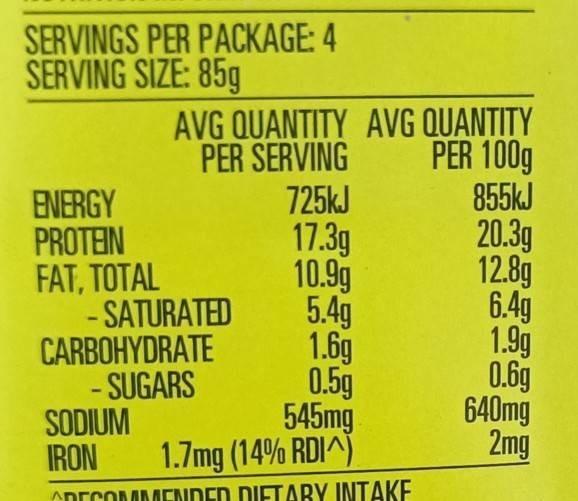
SERVINGS PER PACKAGE: 4 SERVING SIZE: 85g
ENERGY
PROTEIN FAT, TOTAL
AVG QUANTITY AVG QUANTITY PER SERVING
PER 100g
855kJ
20.3g
12.8g
6.4g
1.9g
0.6g
- SATURATED
CARBOHYDRATE - SUGARS
SODIUM
IRON
725kJ
17.3g
10.9g
5.4g
1.6g
0.5g
545mg
1.7mg (14% RDI^)
RECOMMENDED DIETARY INTAKE
640mg 2mg